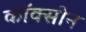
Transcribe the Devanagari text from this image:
कॉक्सोन